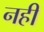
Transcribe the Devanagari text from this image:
नहीं